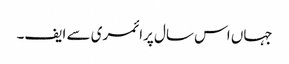
جہاں اس سال پرائمری سے ایف۔